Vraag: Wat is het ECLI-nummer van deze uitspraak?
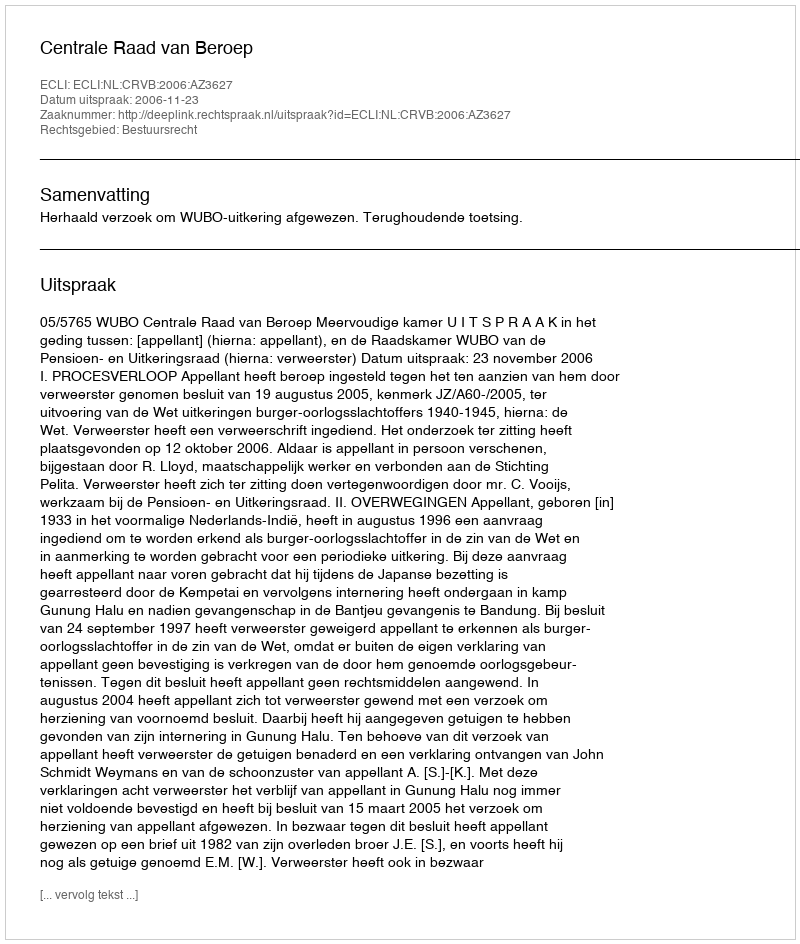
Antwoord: ECLI:NL:CRVB:2006:AZ3627